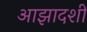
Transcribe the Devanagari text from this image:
आझादशी